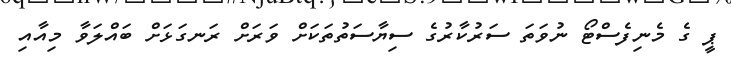
ޕީ ގެ މެނިފެސްޓޯ ނުވަތަ ސަރުކާރުގެ ސިޔާސަތުތަކަށް ވަރަށް ރަނގަޅަށް ބައްލަވާ މިއާއި